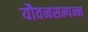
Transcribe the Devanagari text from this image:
यौवनसम्पन्न